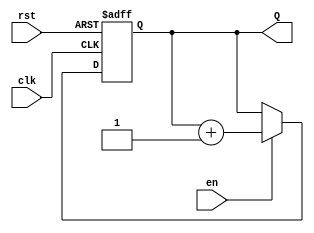
module binary_counter (
    input wire clk,        // Clock input
    input wire rst,        // Asynchronous reset input
    input wire en,         // Enable input for counting
    output reg [n-1:0] Q   // n-bit output for the current count
);
    parameter n = 4; // Change this parameter to set the bit width of the counter

    // Asynchronous reset and counting logic
    always @(posedge clk or posedge rst) begin
        if (rst) begin
            Q <= 0;  // Reset the counter to 0
        end else if (en) begin
            Q <= Q + 1;  // Increment the counter
        end
    end
endmodule